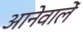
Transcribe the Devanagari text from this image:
आनेवालें